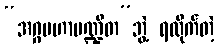
“အဂ္ဂမဟာပဏ္ဍိတ”ဘွဲ့ ရထိုက်တဲ့